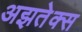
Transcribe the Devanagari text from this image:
अझतेक्स